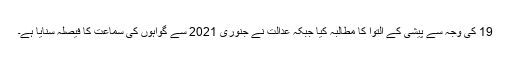
19 کی وجہ سے پیشی کے التوا کا مطالبہ کیا جبکہ عدالت نے جنوری 2021 سے گواہوں کی سماعت کا فیصلہ سنایا ہے۔